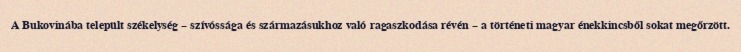
A Bukovinába települt székelység – szívóssága és származásukhoz való ragaszkodása révén – a történeti magyar énekkincsből sokat megőrzött.